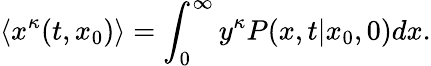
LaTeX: \langle x^{\kappa}(t,x_{0})\rangle=\int_{0}^{\infty}y^{\kappa}P(x,t|x_{0},0)dx.